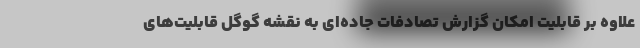
علاوه بر قابلیت امکان گزارش تصادفات جاده‌ای به نقشه گوگل قابلیت‌های